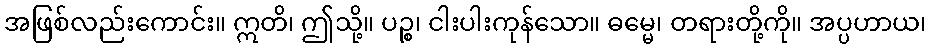
အဖြစ်လည်းကောင်း။ ဣတိ၊ ဤသို့။ ပဉ္စ၊ ငါးပါးကုန်သော။ ဓမ္မေ၊ တရားတို့ကို။ အပ္ပဟာယ၊